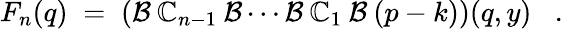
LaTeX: F_{n}(q)\; =\; \left({\cal{B}}\: \mathbb{C}_{n-1}\: {\cal{B}}\cdots{\cal{B}}\: \mathbb{C}_{1}\: {\cal{B}}\: (p-k)\right)(q,y)\; \; \; .